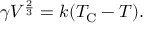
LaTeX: \gamma V ^ { \frac { 2 } { 3 } } = k ( T _ { \mathrm { C } } - T ) .